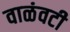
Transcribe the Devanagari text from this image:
वाळंवटी